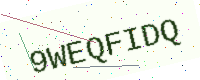
Text: 9WEQFIDQ